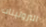
البروتينات